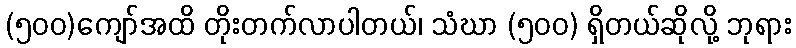
(၅၀၀)ကျော်အထိ တိုးတက်လာပါတယ်၊ သံဃာ (၅၀၀) ရှိတယ်ဆိုလို့ ဘုရား